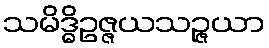
သမိဒ္ဓိဥဇ္ဇယသဉ္ဇယာ